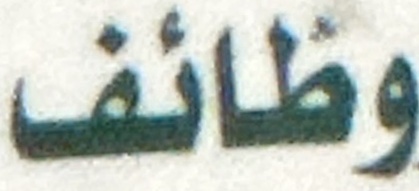
وظائف